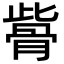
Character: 𩨱